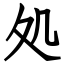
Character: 処